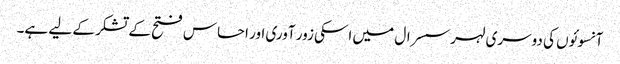
آنسوئوں کی دوسری لہر سسرال میں اسکی زور آوری اور احساس فتح کے تشکر کے لیے ہے۔